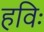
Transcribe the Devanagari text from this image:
हविः